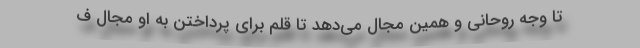
تا وجه روحانی و همین مجال می‌دهد تا قلم برای پرداختن به او مجال ف